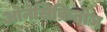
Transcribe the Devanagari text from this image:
ओनेसिक्रितोज़